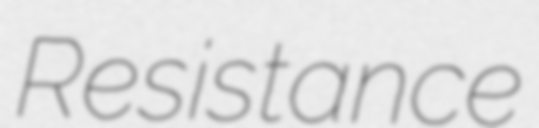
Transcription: Resistance